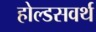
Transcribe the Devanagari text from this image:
होल्डसवर्थ